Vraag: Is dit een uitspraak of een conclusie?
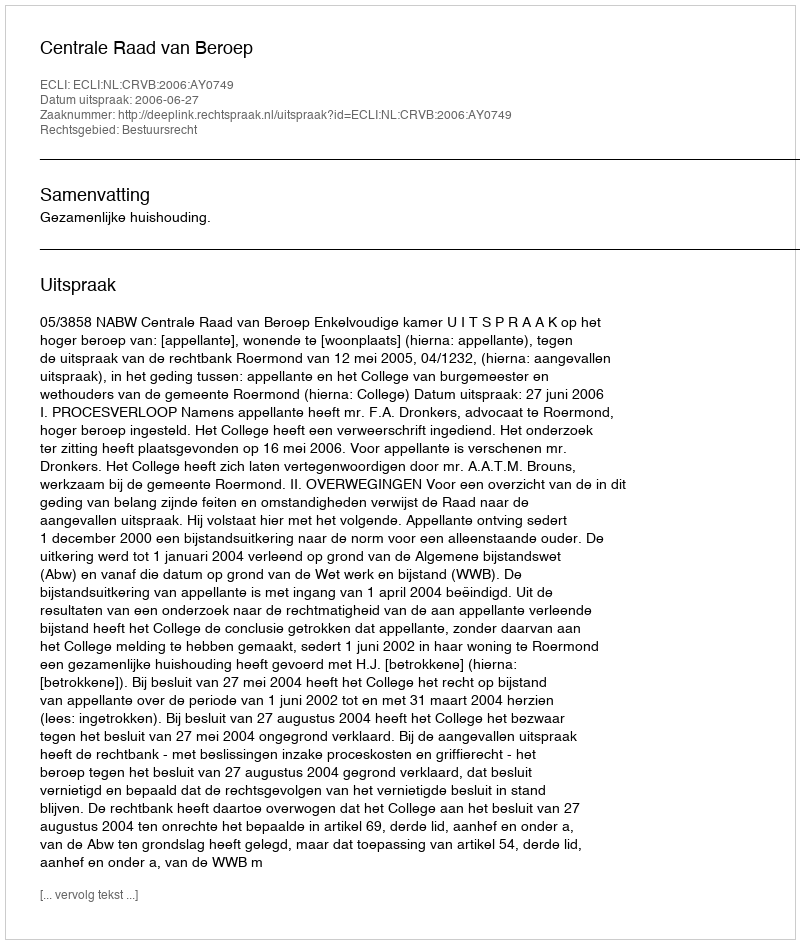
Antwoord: Uitspraak